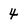
Character: 4